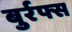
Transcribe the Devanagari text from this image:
बुर्रफ्स